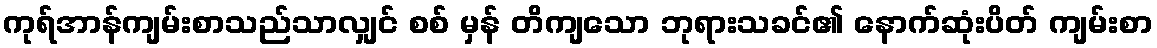
ကုရ်အာန်ကျမ်းစာသည်သာလျှင် စစ် မှန် တိကျသော ဘုရားသခင်၏ နောက်ဆုံးပိတ် ကျမ်းစာ